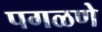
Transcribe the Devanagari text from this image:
पगळणे